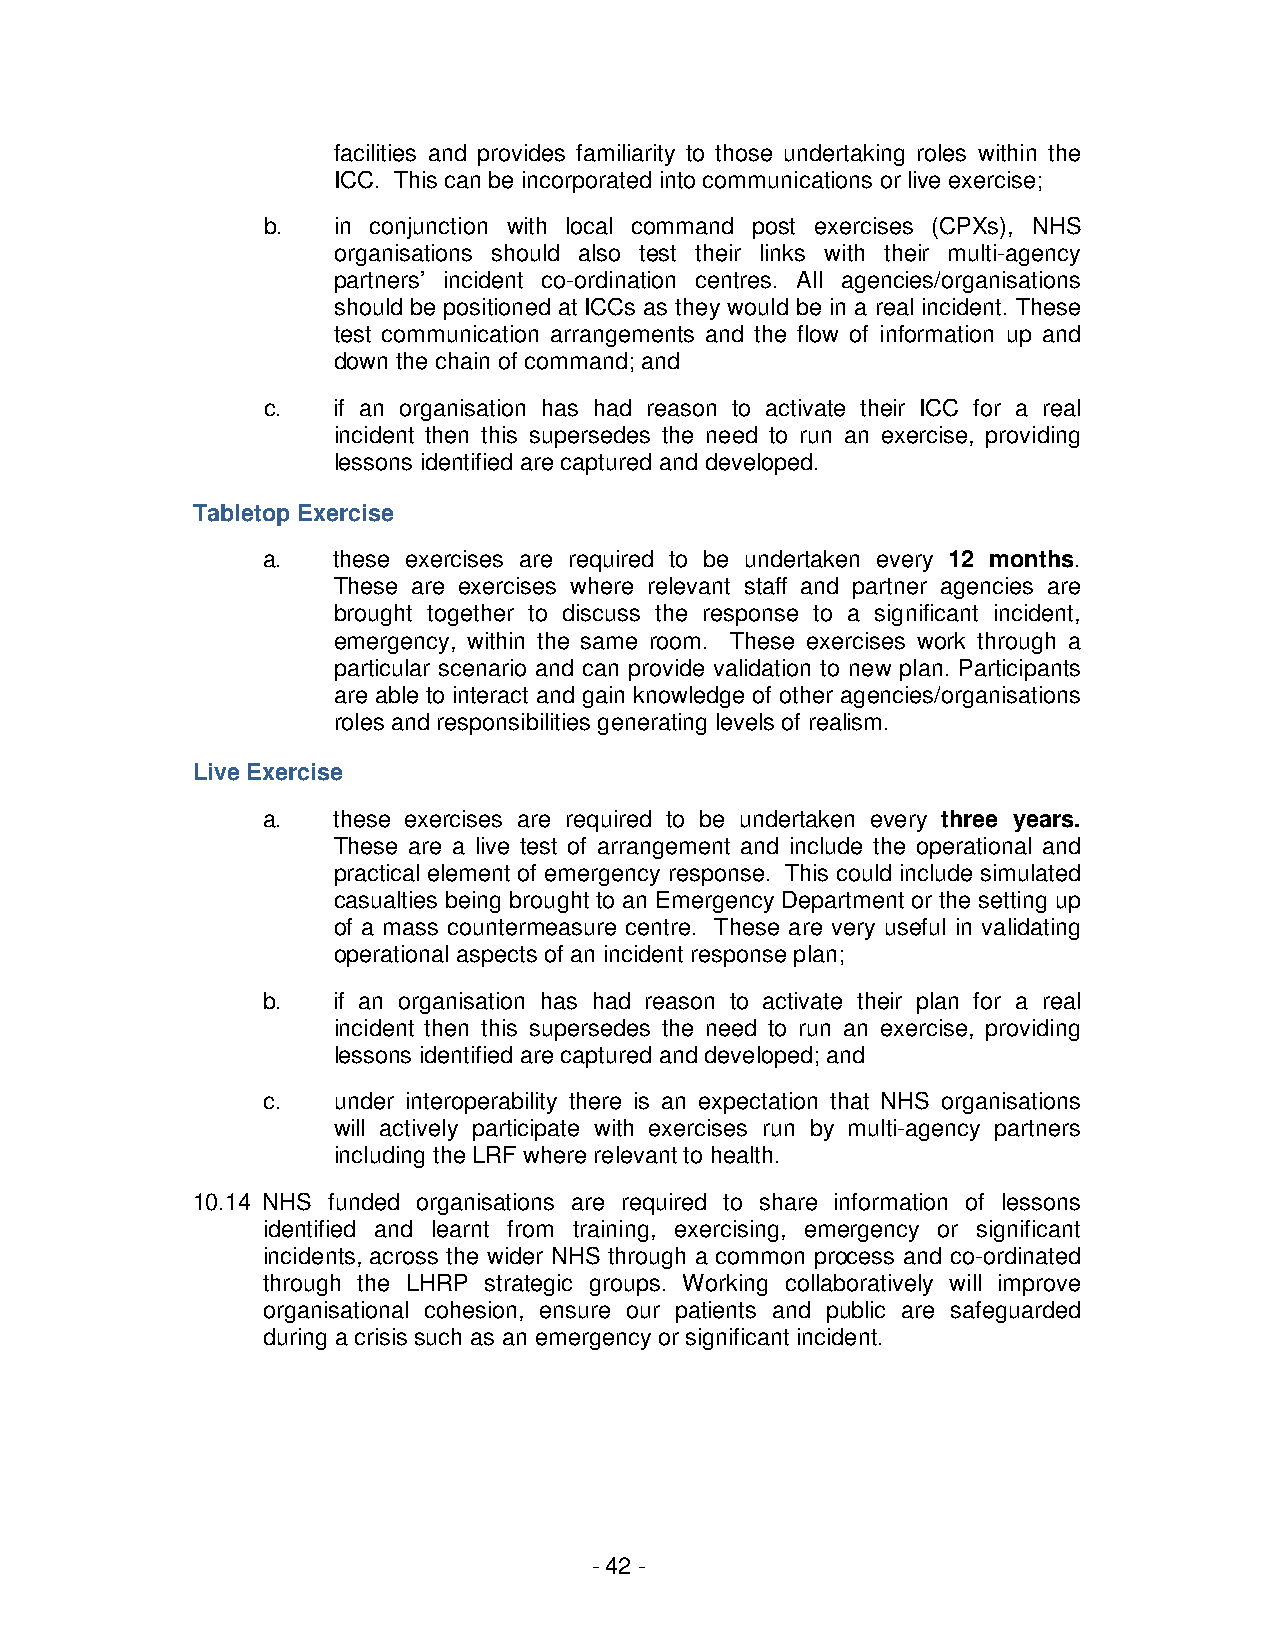
facilities and provides familiarity to those undertaking roles within the
 ICC. This can be incorporated into communications or live exercise;
 b.   in conjunction with local command post exercises (CPXs), NHS
 organisations should also test their links with their multi-agency
 partners’ incident co-ordination centres. All agencies/organisations
 should be positioned at ICCs as they would be in a real incident. These
 test communication arrangements and the flow of information up and
 down the chain of command; and
 c.   if an organisation has had reason to activate their ICC for a real
 incident then this supersedes the need to run an exercise, providing
 lessons identified are captured and developed.
 Tabletop Exercise
 a.   these exercises are required to be undertaken every 12 months.
 These are exercises where relevant staff and partner agencies are
 brought together to discuss the response to a significant incident,
 emergency, within the same room. These exercises work through a
 particular scenario and can provide validation to new plan. Participants
 are able to interact and gain knowledge of other agencies/organisations
 roles and responsibilities generating levels of realism.
 Live Exercise
 a.   these exercises are required to be undertaken every three years.
 These are a live test of arrangement and include the operational and
 practical element of emergency response. This could include simulated
 casualties being brought to an Emergency Department or the setting up
 of a mass countermeasure centre. These are very useful in validating
 operational aspects of an incident response plan;
 b.   if an organisation has had reason to activate their plan for a real
 incident then this supersedes the need to run an exercise, providing
 lessons identified are captured and developed; and
 c.   under interoperability there is an expectation that NHS organisations
 will actively participate with exercises run by multi-agency partners
 including the LRF where relevant to health.
 10.14 NHS funded organisations are required to share information of lessons
 identified and learnt from training, exercising, emergency or significant
 incidents, across the wider NHS through a common process and co-ordinated
 through the LHRP strategic groups. Working collaboratively will improve
 organisational cohesion, ensure our patients and public are safeguarded
 during a crisis such as an emergency or significant incident.
 - 42 -